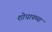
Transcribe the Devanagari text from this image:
शोधायच्या